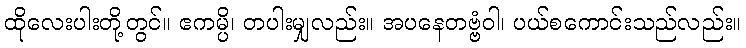
ထိုလေးပါးတို့တွင်။ ဧကမ္ပိ၊ တပါးမျှလည်း။ အပနေတဗ္ဗံဝါ၊ ပယ်စကောင်းသည်လည်း။